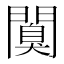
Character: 𨶑